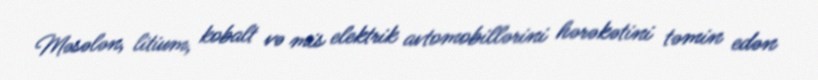
Məsələn, litium, kobalt və mis elektrik avtomobillərini hərəkətini təmin edən